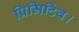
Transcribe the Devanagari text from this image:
प्रिमिटिव।